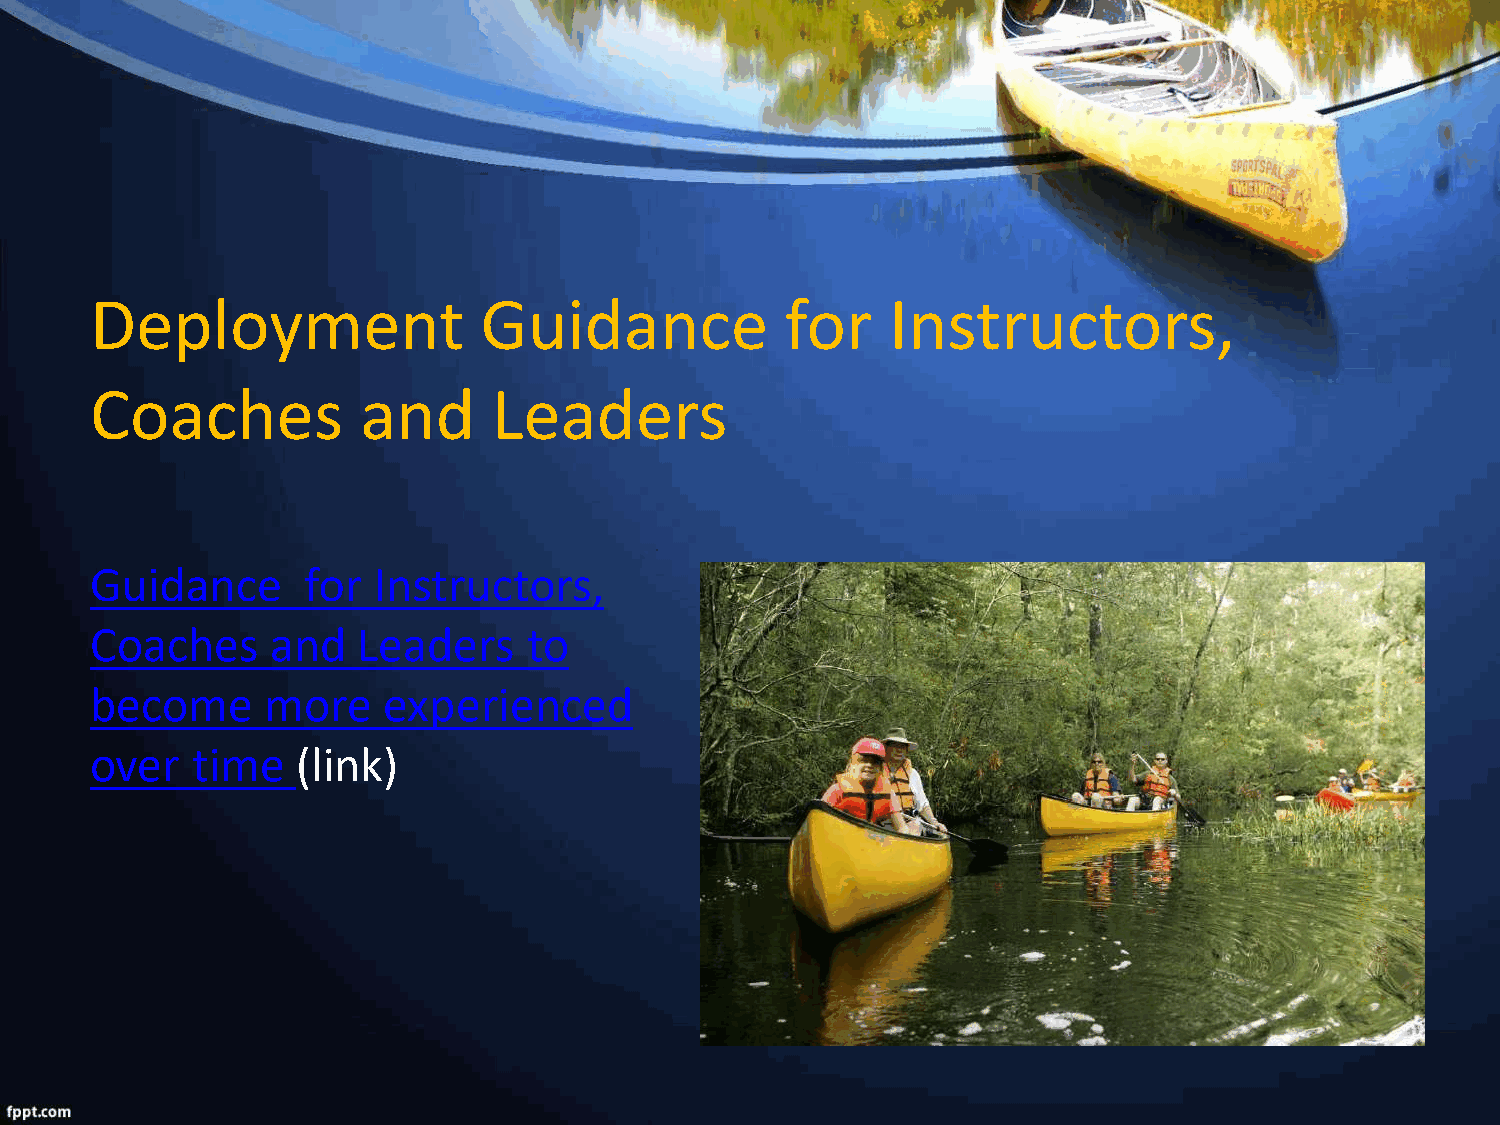
Deployment                Guidance            for    Instructors,
 Coaches           and      Leaders
 Guidance      for  Instructors,
 Coaches     and   Leaders    to
 become     more    experienced
 over   time   (link)